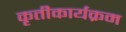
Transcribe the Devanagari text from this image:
कृतीकार्यक्रम